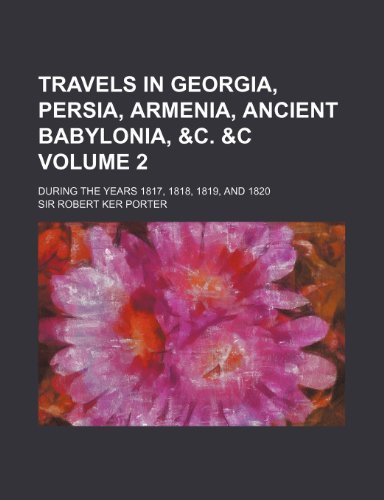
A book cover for Travels in Georgia, Persia, Armenia, ancient Babylonia, &c. &c Volume 2; during the years 1817, 1818, 1819, and 1820; Sir Robert Ker Porter; Travel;